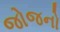
જોજનો